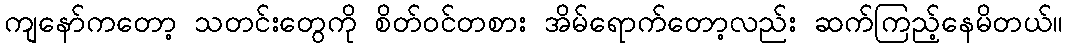
ကျနော်ကတော့ သတင်းတွေကို စိတ်ဝင်တစား အိမ်ရောက်တော့လည်း ဆက်ကြည့်နေမိတယ်။